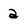
Character: a